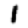
Digit: 1